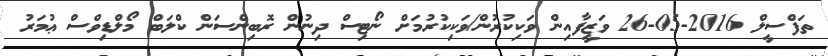
ތަފްސީލް 2016-05-26 ވަޒީފާއިން ވަކިކުރުން/ވަކިކުރުމަށް ނޯޓިސް ދިނުން ރޮބިންސަން ކްލަބް މޯލްޑިވްސް ޢުމަރު